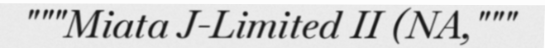
"""Miata J-Limited II (NA,"""